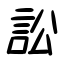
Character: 訟